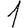
Digit: 1